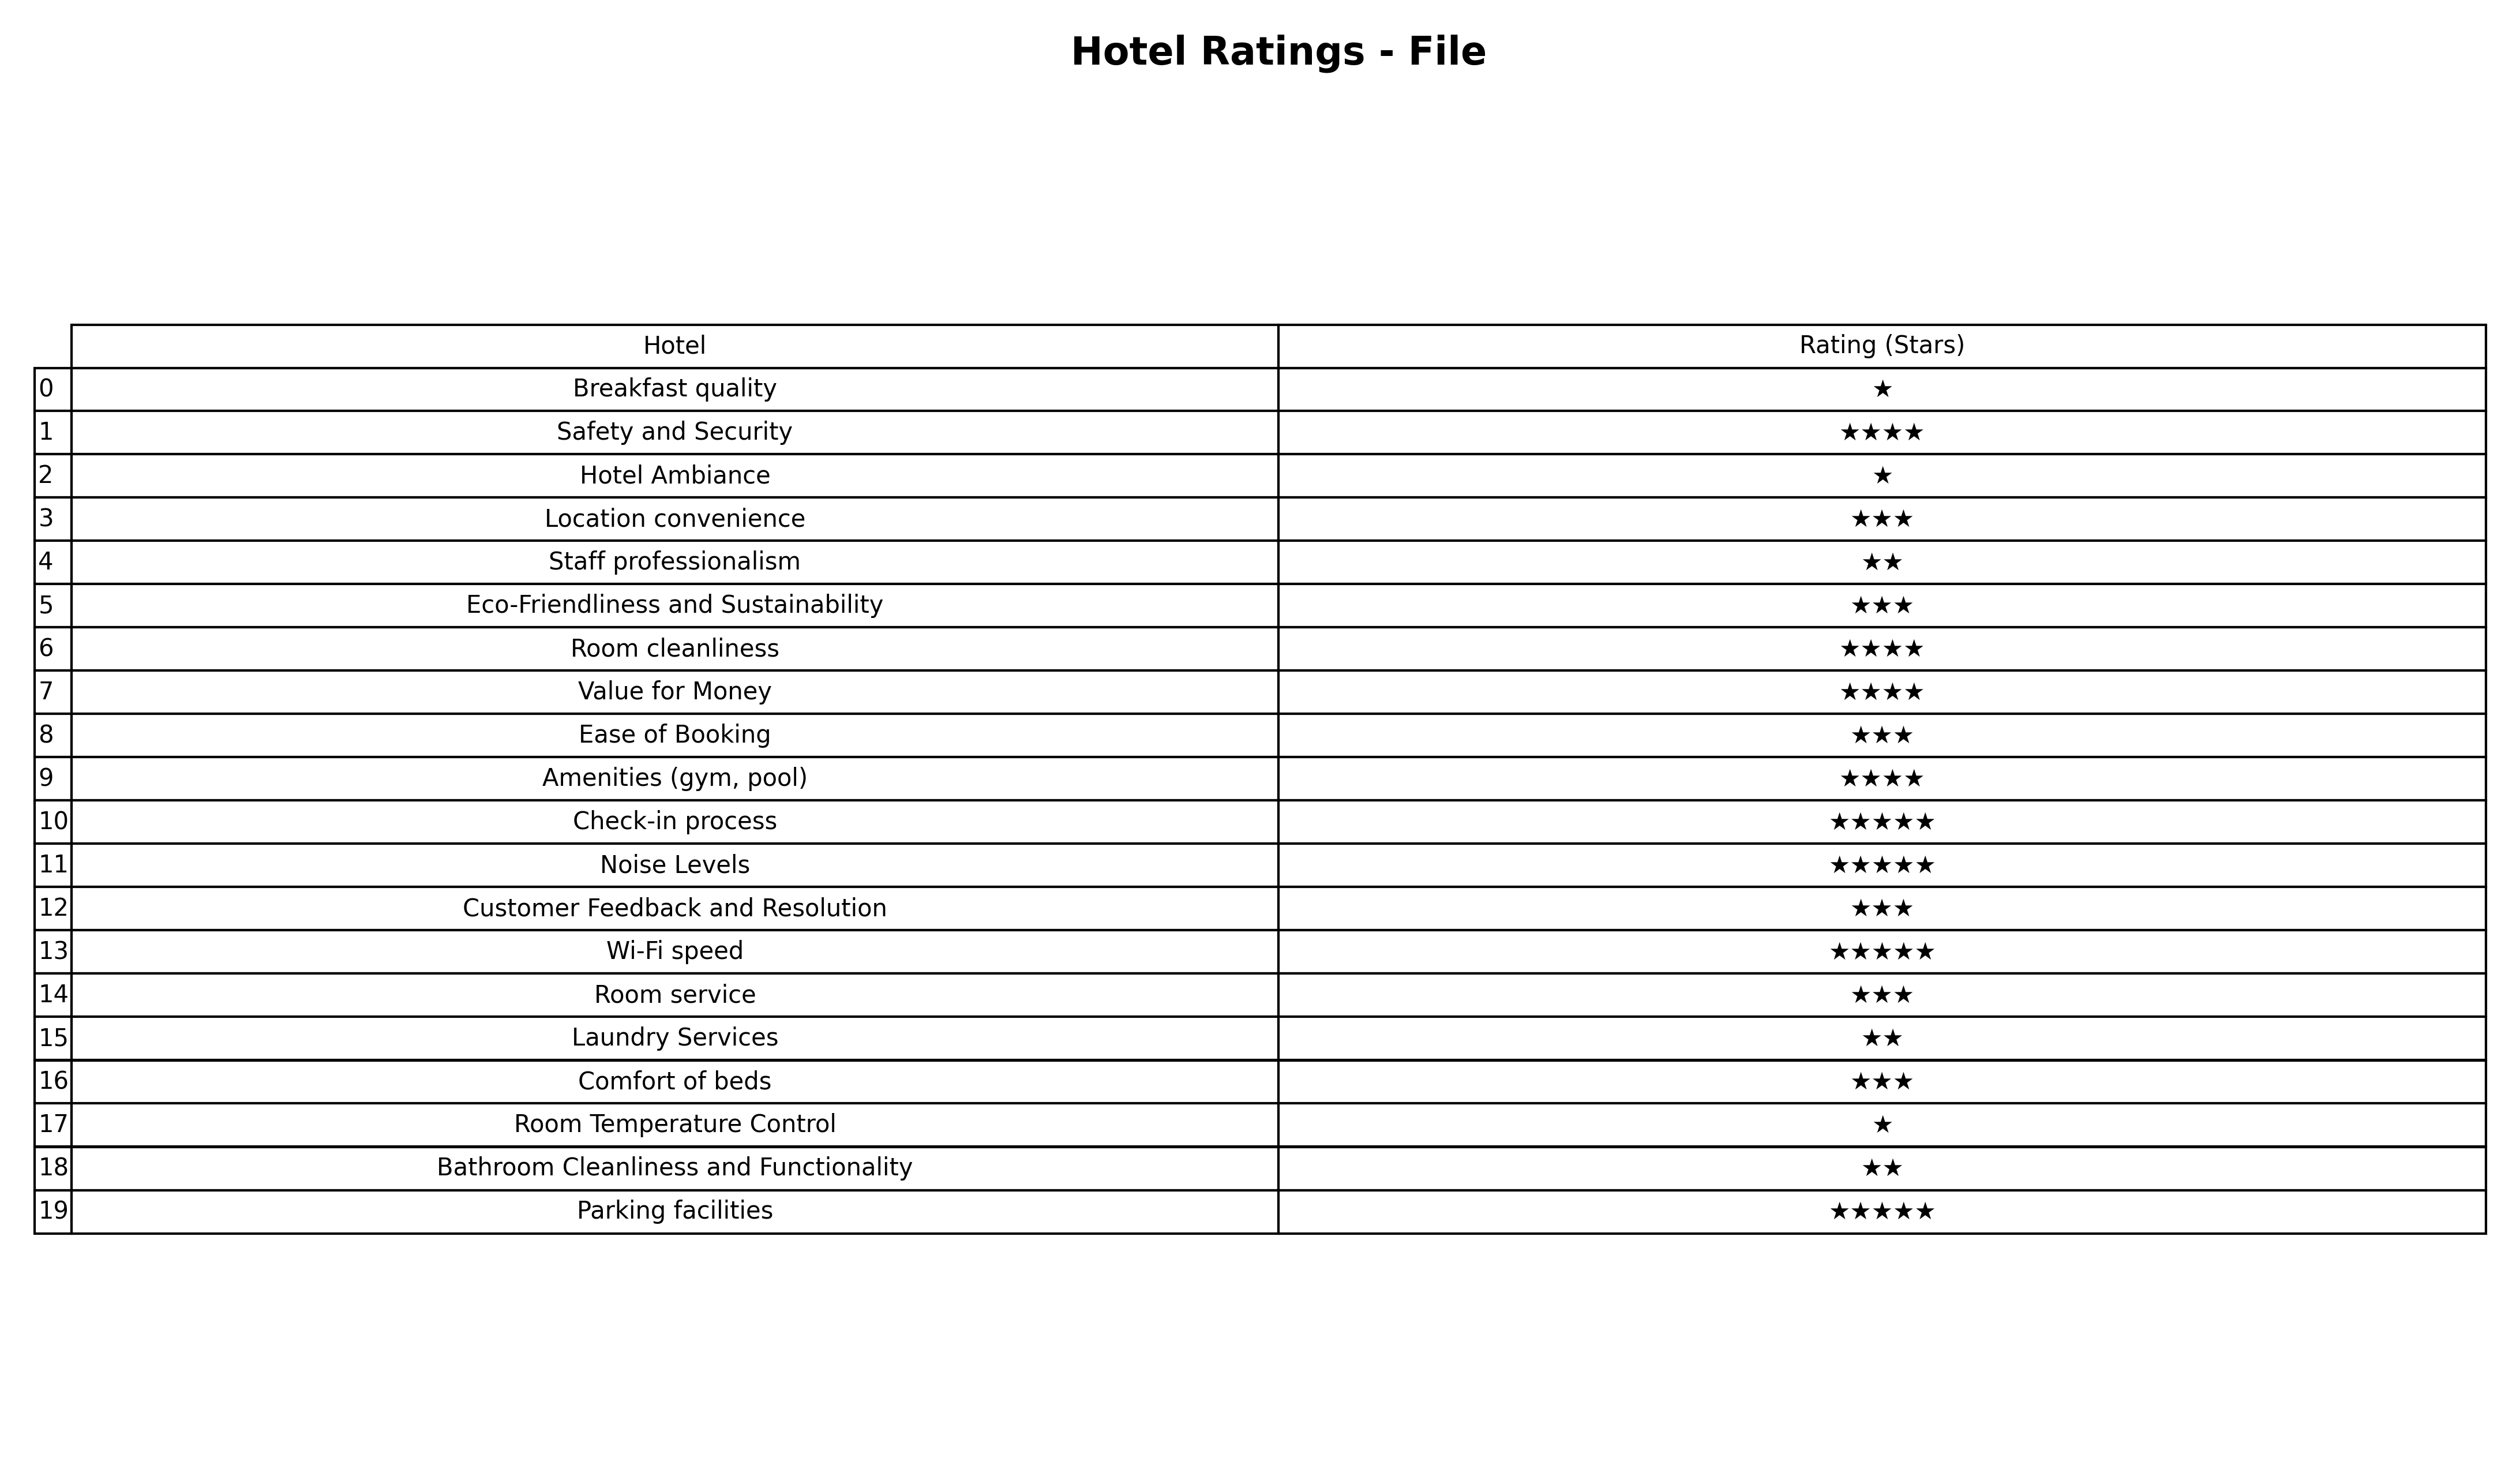
question: What is the rating of Wi-Fi speed?
answer: ★★★★★